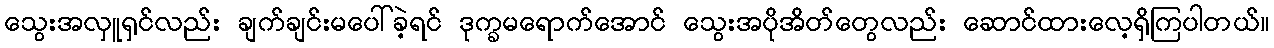
သွေးအလှူရှင်လည်း ချက်ချင်းမပေါ်ခဲ့ရင် ဒုက္ခမရောက်အောင် သွေးအပိုအိတ်တွေလည်း ဆောင်ထားလေ့ရှိကြပါတယ်။